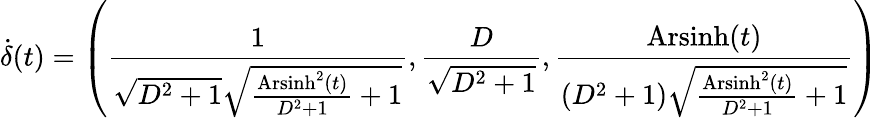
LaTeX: \dot{\delta}(t)=\left(\frac{1}{\sqrt{D^{2}+1}\sqrt{\frac{\operatorname{Arsinh}^{2}(t)}{D^{2}+1}+1}},\frac{D}{\sqrt{D^{2}+1}},\frac{\operatorname{Arsinh}(t)}{\left(D^{2}+1\right)\sqrt{\frac{\operatorname{Arsinh}^{2}(t)}{D^{2}+1}+1}}\right)